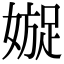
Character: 𡡍